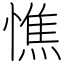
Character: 憔